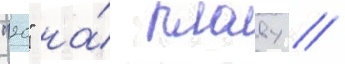
"20" на́ плаву /